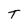
Character: T